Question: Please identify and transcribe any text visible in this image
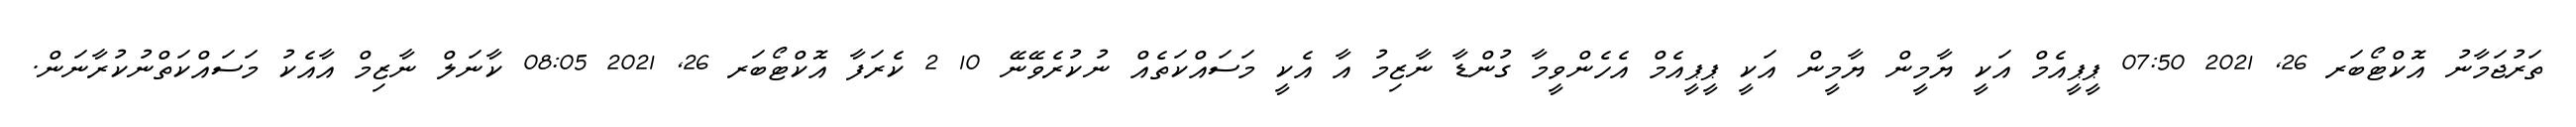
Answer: ތަރުޖަމާނު އޮކްޓޯބަރ 26, 2021 07:50 ޕީޕީއެމް އަކީ ޔާމީން ޔާމީން އަކީ ޕީޕީއެމް އެހެންވީމާ ގުންޑާ ނާޒިމު އާ އެކީ މަސައްކަތެއް ނުކުރެވޭނޭ 10 2 ކެރަފާ އޮކްޓޯބަރ 26, 2021 08:05 ކާނަލް ނާޒިމް އާއެކު މަސައްކަތްނުކުރާނަން.